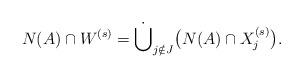
LaTeX: \begin{align*}N(A)\cap W^{(s)}=\dot\bigcup_{j \notin J}\bigl(N(A) \cap X_j^{(s)}\bigl).\end{align*}